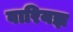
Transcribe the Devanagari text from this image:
वारियज्ञ